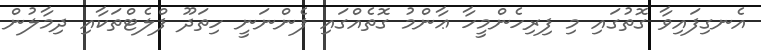
އެނގިފައިވާ ގޮތުގައި މި ފިރިހެންމީހާ ޢާންމު ގޮތެއްގައި ފެންނަނީ ހިތަދޫ ފްލެޓްތަކާއި ދިމާލުން